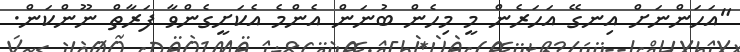
"އަހަންނަށް އިނގޭ އަހަރެން މީ މިހެން ބުނަން އެންމެ އެކަށީގެންވާ ފަރާތް ނޫންކަން.